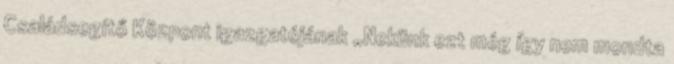
Családsegítő Központ igazgatójának „Nekünk ezt még így nem mondta